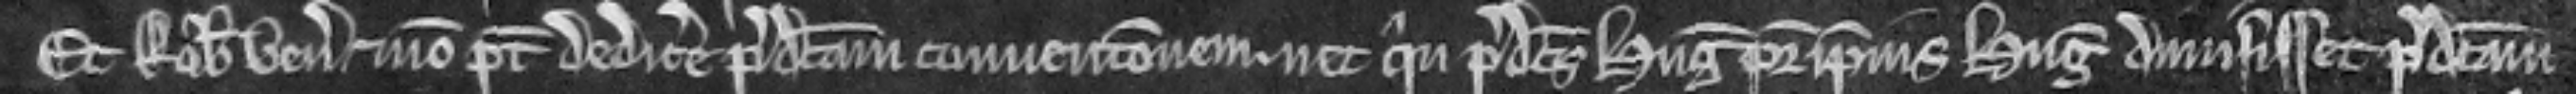
Et Robertus venit et non potest dedicere predictam convencionem. nec quin predictus Hugo pater ipsius Hugonis dimisisset predictam